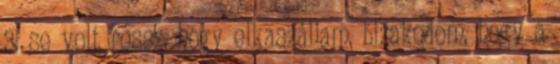
3. se volt rossz, hogy elkaszáljam, bizakodom, hogy a